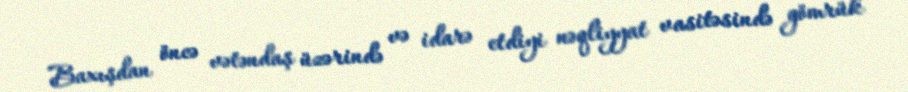
Baxışdan öncə vətəndaş üzərində və idarə etdiyi nəqliyyat vasitəsində gömrük